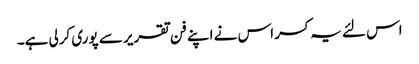
اس لئے یہ کسر اس نے اپنے فن تقریر سے پوری کرلی ہے۔